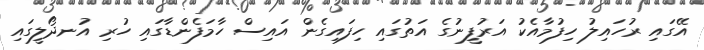
އޭގައި ރުހައިލު ހިފުމާއެކު އަރުފީނުގެ އަތުގައި ހިފައިގެން އައިސް ހާމަފެންޑާގައި ހުރި އުނދޯލީގައި